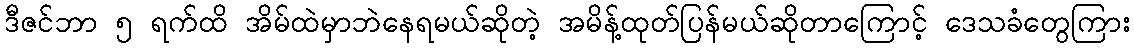
ဒီဇင်ဘာ ၅ ရက်ထိ အိမ်ထဲမှာဘဲနေရမယ်ဆိုတဲ့ အမိန့်ထုတ်ပြန်မယ်ဆိုတာကြောင့် ဒေသခံတွေကြား